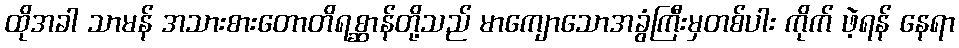
ထိုအခါ သာမန် အသားစားတောတိရစ္ဆာန်တို့သည် မာကျောသောအခွံကြီးမှတစ်ပါး ကိုက် ဖဲ့ရန် နေရာ